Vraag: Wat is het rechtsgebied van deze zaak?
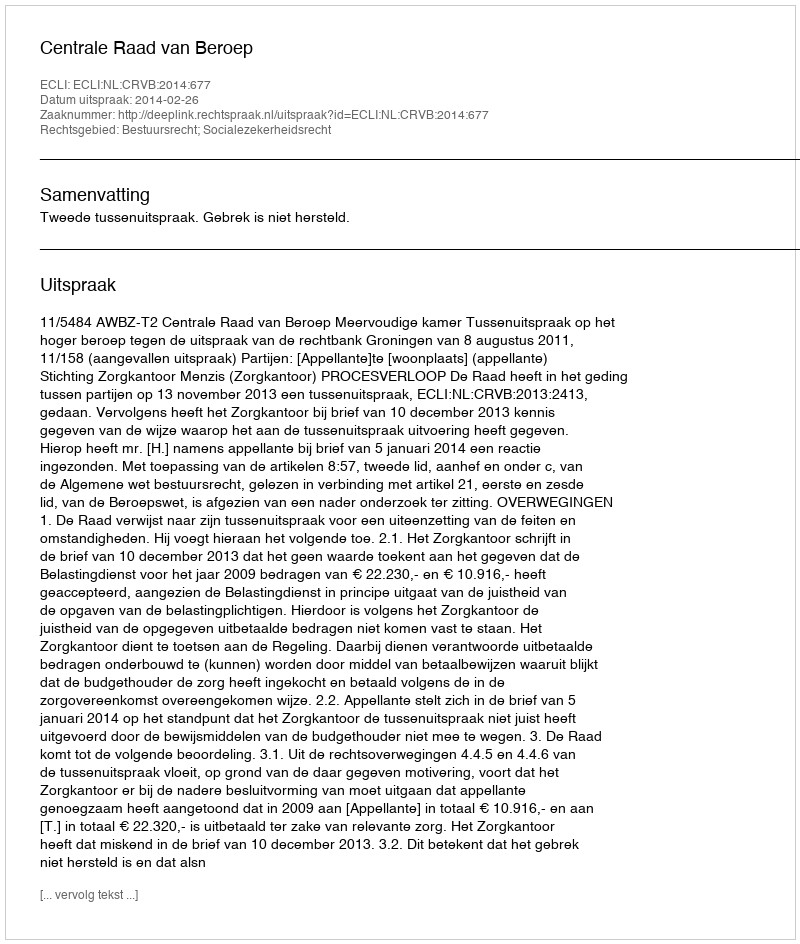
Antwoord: Bestuursrecht; Socialezekerheidsrecht